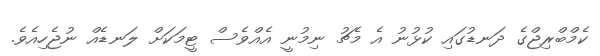
ކެމްބްރިޖްގެ ދަނޑުގައި ކުޅުނު އެ މެޗު ނިމުނީ އެއްވެސް ޓީމަކަށް ލަނޑެއް ނުޖެހިއެވެ.